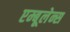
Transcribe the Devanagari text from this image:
एम्बूलेन्स